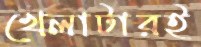
খেলাটারই